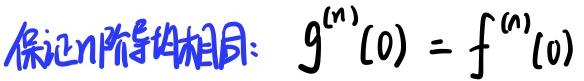
保证n阶导数相同：$g^{(n)}(0) = f^{(n)}(0)$